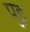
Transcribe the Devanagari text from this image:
पुइ